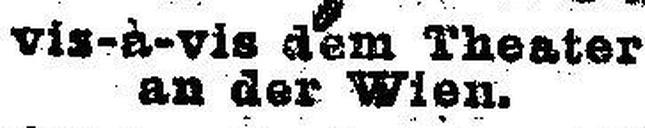
vis-à-vis dem Theater